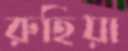
রুহিয়া